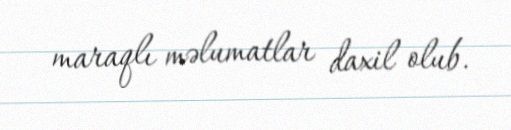
maraqlı məlumatlar daxil olub.